Report on vaccination in the Province of Bengal - 1869-1873
Year: 1869
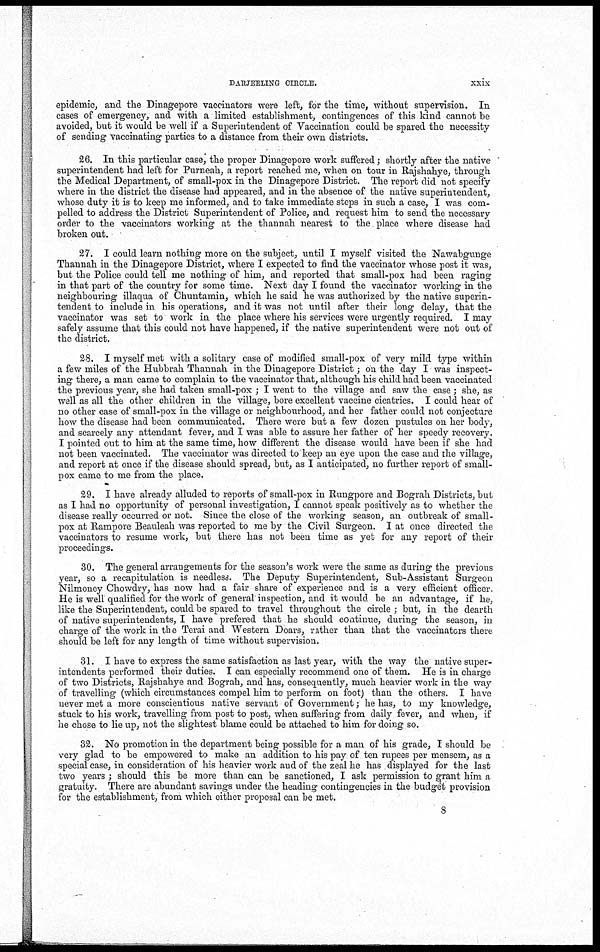
DARJEELING CIRCLE.
xxix
epidemic, and the Dinagepore vaccinators were left, for the time, without supervision. In
cases of emergency, and with a limited establishment, contingences of this kind cannot be
avoided, but it would be well if a Superintendent of Vaccination could be spared the necessity
of sending vaccinating parties to a distance from their own districts.
26. In this particular case, the proper Dinagepore work suffered; shortly after the native
superintendent had left for Purneah, a report reached me, when on tour in Rajshahye, through
the Medical Department, of small-pox in the Dinagepore District. The report did not specify
where in the district the disease had appeared, and in the absence of the native superintendent,
whose duty it is to keep me informed, and to take immediate steps in such a case, I was com-
pelled to address the District Superintendent of Police, and request him to send the necessary
order to the vaccinators working at the thannah nearest to the place where disease had
broken out.
27. I could learn nothing more on the subject, until I myself visited the Nawabgunge
Thannah in the Dinagepore District, where I expected to find the vaccinator whose post it was,
but the Police could tell me nothing of him, and reported that small-pox had been raging
in that part of the country for some time. Next day I found the vaccinator working in the
neighbouring illaqua of Chuntamin, which he said he was authorized by the native superin-
tendent to include in his operations, and it was not until after their long delay, that the
vaccinator was set to work in the place where his services were urgently required. I may
safely assume that this could not have happened, if the native superintendent were not out of
the district.
28. I myself met with a solitary case of modified small-pox of very mild type within
a few miles of the Hubbrah Thannah in the Dinagepore District; on the day I was inspect-
ing there, a man came to complain to the vaccinator that, although his child had been vaccinated
the previous year, she had taken small-pox ; I went to the village and saw the case ; she, as
well as all the other children in the village, bore excellent vaccine cicatrics. I could hear of
no other case of small-pox in the village or neighbourhood, and her father could not conjecture
how the disease had been communicated. There were but a few dozen pustules on her body,
and scarcely any attendant fever, and I was able to assure her father of her speedy recovery.
I pointed out to him at the same time, how different the disease would have been if she had
not been vaccinated. The vaccinator was directed to keep an eye upon the case and the village,
and report at once if the disease should spread, but, as I anticipated, no further report of small-
pox came to me from the place.
29. I have already alluded to reports of small-pox in Rungpore and Bograh Districts, but
as I had no opportunity of personal investigation, I cannot speak positively as to whether the
disease really occurred or not. Since the close of the working season, an outbreak of small-
pox at Rampore Beauleah was reported to me by the Civil Surgeon. I at once directed the
vaccinators to resume work, but there has not been time as yet for any report of their
proceedings.
30. The general arrangements for the season's work were the same as during the previous
year, so a recapitulation is needless. The Deputy Superintendent, Sub-Assistant Surgeon
Nilmoney Chowdry, has now had a fair share of experience and is a very efficient officer.
He is well qualified for the work of general inspection, and it would be an advantage, if he,
like the Superintendent, could be spared to travel throughout the circle ; but, in the dearth
of native superintendents, I have prefered that he should continue, during the season, in
charge of the work in the Terai and Western Doars, rather than that the vaccinators there
should be left for any length of time without supervision.
31. I have to express the same satisfaction as last year, with the way the native super-
intendents performed their duties. I can especially recommend one of them. He is in charge
of two Districts, Rajshahye and Bograh, and has, consequently, much heavier work in the way
of travelling (which circumstances compel him to perform on foot) than the others. I have
never met a more conscientious native servant of Government; he has, to my knowledge,
stuck to his work, travelling from post to post, when suffering from daily fever, and when, if
he chose to lie up, not the slightest blame could be attached to him for doing so.
32. No promotion in the department being possible for a man of his grade, I should be
very glad to be empowered to make an addition to his pay of ten rupees per mensem, as a
special case, in consideration of his heavier work and of the zeal he has displayed for the last
two years ; should this be more than can be sanctioned, I ask permission to grant him a
gratuity. There are abundant savings under the heading contingencies in the budget provision
for the establishment, from which either proposal can be met.
8